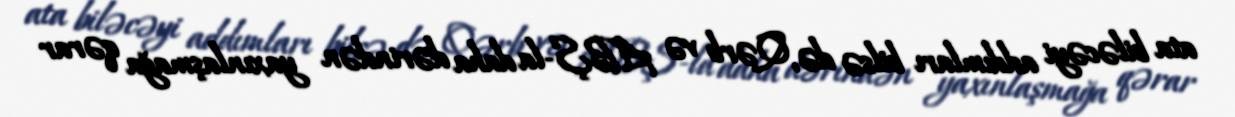
ata biləcəyi addımları bilsə də, Qərb və ABŞ-la daha dərindən yaxınlaşmağa qərar